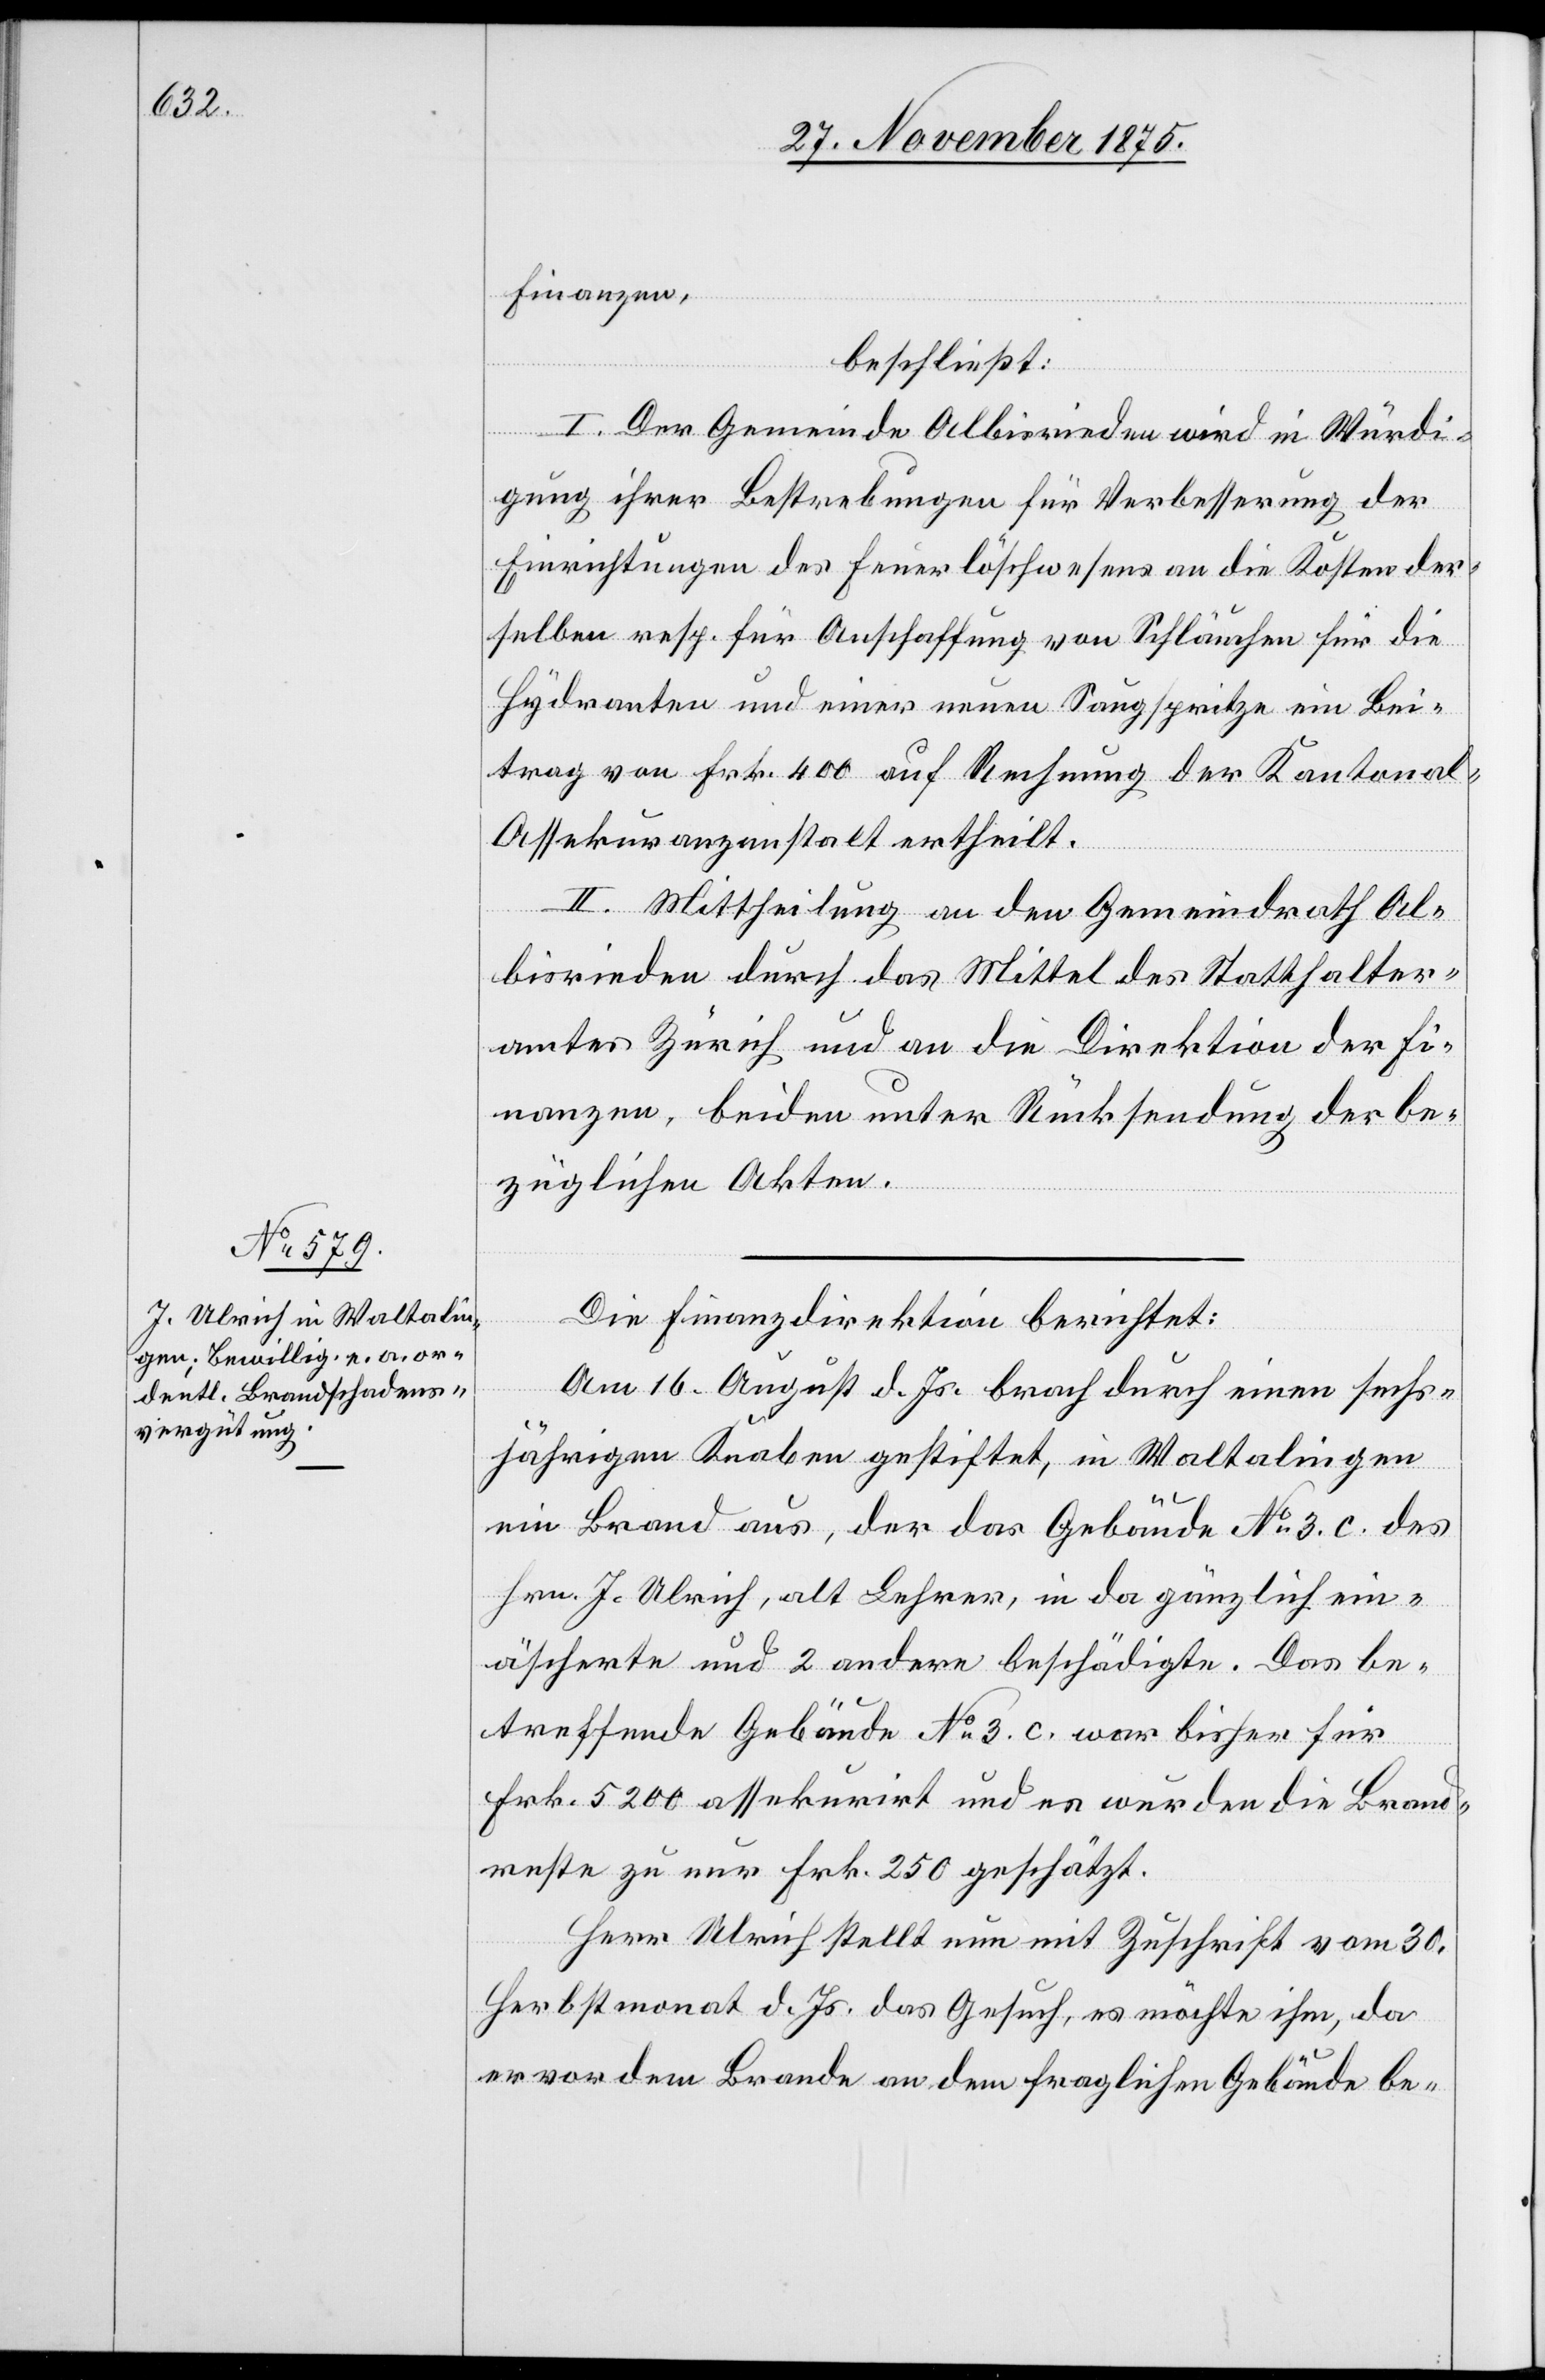
Finanzen,
beschließt:
I. Der Gemeinde Albisrieden wird in Würdi¬
gung ihrer Bestrebungen für Verbesserung der
Einrichtungen des Feuerlöschwesens an die Kosten der¬
selben resp. für Anschaffung von Schläuchen für die
Hydranten und einer neuen Saugspritze ein Bei¬
trag von Frk. 400 auf Rechnung der Kantonal-A¬
ssekuranzanstalt ertheilt.
II. Mittheilung an den Gemeindrath Al¬
bisrieden durch das Mittel des Statthalter¬
amtes Zürich und an die Direktion der Fi¬
nanzen, beiden unter Rücksendung der be¬
züglichen Akten.
Die Finanzdirektion berichtet:
Am 16. August d. Js. brach durch einen sechs¬
jährigen Knaben gestiftet, in Waltalingen
ein Brand aus, der das Gebäude No 3. c. des
Hrn. J. Ulrich, alt Lehrer, in da gänzlich ein¬
äscherte und 2 andere beschädigte. Das be¬
treffende Gebäude No 3. c. war bisher für
Frk. 5200 assekurirt und es wurden die Brand¬
reste zu Frk. 250 geschätzt.
Herr Ulrich stellt nun mit Zuschrift vom 30.
Herbstmonat d. Js. das Gesuch, es möchte ihm, da
er vor dem Brande an dem fraglichen Gebäude be-